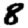
Digit: 8